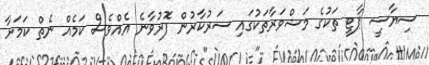
ސިޔާސީ ޕާޓީ ތަކުގެ މަޝްވަރާތަކުގައި ސަރުކާރުން ފޮރުވާނެ އެއްވެސް ކަމެއް ނެތް ކަމަށާ